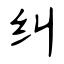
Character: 纠